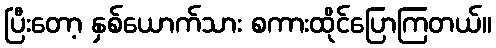
ပြီးတော့ နှစ်ယောက်သား စကားထိုင်ပြောကြတယ်။